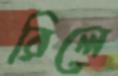
রিলে